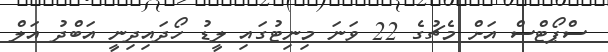
ސްޕޯޓްސް އަށް މެޗުގެ 22 ވަނަ މިނިޓުގައި ލީޑު ހޯދައިދިނީ އަބްދު އަލް